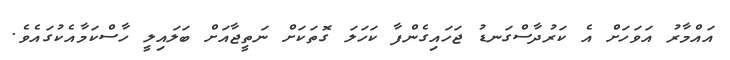
އައްމާރު އަވަހަށް އެ ކަރުދާސްގަނޑު ޖަހައިގެންފާ ކަހަލަ ގޮތަކަށް ނަތީޖާއަށް ބަލައިލީ ހާސްކަމާއެކުގައެވެ.